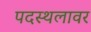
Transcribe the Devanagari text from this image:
पदस्थलावर